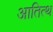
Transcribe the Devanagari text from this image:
आतित्थ